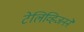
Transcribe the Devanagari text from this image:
टेलिव्हिजनने